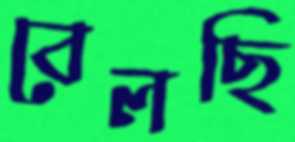
বেলছি